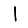
Digit: 1